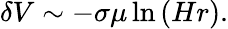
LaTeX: \delta V\sim-\sigma\mu\ln\left(Hr\right).